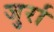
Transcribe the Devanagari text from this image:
जुर्रा